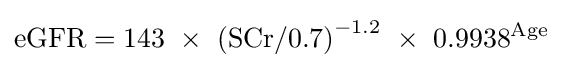
\mathrm {eGFR} =143\ \times \ \mathrm {(SCr/0.7)} ^{-1.2}\ \times \ 0.9938^{\text{Age}}\